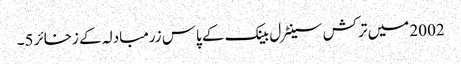
2002 میں ترکش سینٹرل بینک کے پاس زرمبادلہ کے زخائر 5۔